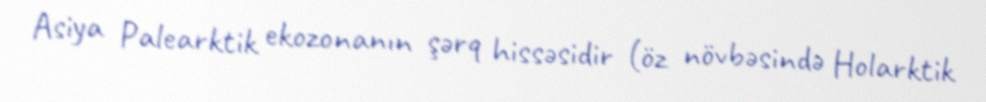
Asiya Palearktik ekozonanın şərq hissəsidir (öz növbəsində Holarktik